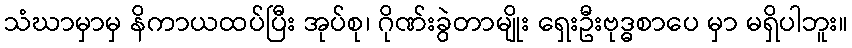
သံဃာမှာမှ နိကာယထပ်ပြီး အုပ်စု၊ ဂိုဏ်းခွဲတာမျိုး ရှေးဦးဗုဒ္ဓစာပေ မှာ မရှိပါဘူး။